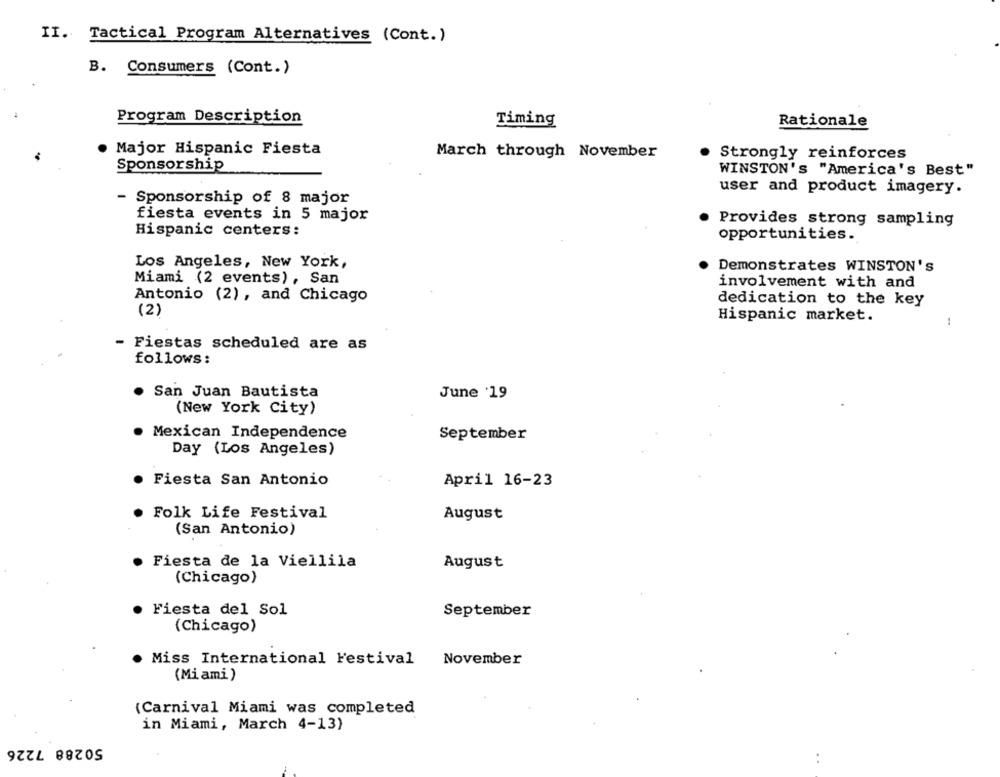
II. Tactical Program Alternatives (Cont.)
B. Consumers (Cont.)
Program Description
Timing
Rationale
Major Hispanic Fiesta
March through November
Strongly reinforces
Sponsorship
WINSTON's "America's Best"
user and product imagery.
- Sponsorship of 8 major
fiesta events in 5 major
Provides strong sampling
Hispanic centers:
opportunities.
Los Angeles, New York,
Demonstrates WINSTON's
Miami (2 events), San
involvement with and
Antonio (2), and Chicago
dedication to the key
(2)
Hispanic market.
- Fiestas scheduled are as
follows:
. San Juan Bautista
June '19
(New York City)
Mexican Independence
September
Day (Los Angeles)
· Fiesta San Antonio
April 16-23
Folk Life Festival
August
(San Antonio)
Fiesta de la Viellila
August
(Chicago)
Fiesta del Sol
September
(Chicago)
Miss International Festival
November
(Mi ami )
(Carnival Miami was completed
in Miami, March 4-13)
50288 7226